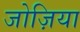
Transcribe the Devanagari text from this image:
जोज़िया